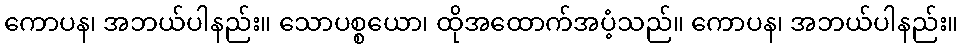
ကောပန၊ အဘယ်ပါနည်း။ သောပစ္စယော၊ ထိုအထောက်အပံ့သည်။ ကောပန၊ အဘယ်ပါနည်း။